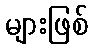
များဖြစ်